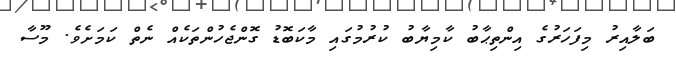
ބަލާއިރު މިފަހަރުގެ އިންތިޙާބު ކާމިޔާބު ކުރުމުގައި މާކަބޮޑު ގޮންޖެހުންތަކެއް ނެތް ކަމަށެވެ. މޫސާ